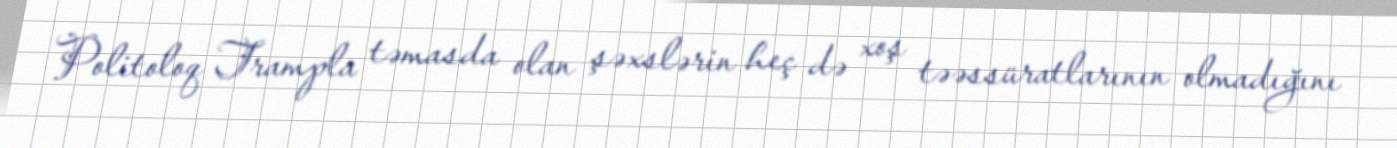
Politoloq Trampla təmasda olan şəxslərin heç də xoş təəssüratlarının olmadığını